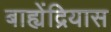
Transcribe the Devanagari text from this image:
बाह्येंद्रियास